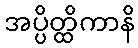
အပ္ပိတ္ထိကာနိ